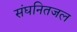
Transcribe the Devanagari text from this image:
संघनितजल